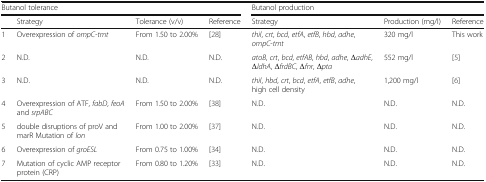
| <COLSPAN=4> Butanol tolerance | <COLSPAN=3> Butanol production |
 |  | Strategy | Tolerance (v/v) | Reference | Strategy | Production (mg/l) | Reference |
 | --- | --- | --- | --- | --- | --- | --- |
 | 1 | Overexpression of ompC-tmt | From 1.50 to 2.00% | [28] | thil, crt, bcd, etfA, etfB, hbd, adhe, ompC-tmt | 320 mg/l | This work |
 | 2 | N.D. | N.D. | N.D. | atoB, crt, bcd, etfAB, hbd, adhe, ΔadhE, ΔldhA, ΔfrdBC, Δfnr, Δpta | 552 mg/l | [5] |
 | 3 | N.D. | N.D. | N.D. | thil, hbd, crt, bcd, etfA, etfB, adhe, high cell density | 1,200 mg/l | [6] |
 | 4 | Overexpression of ATF, fabD, feoA and srpABC | From 1.50 to 2.00% | [38] | N.D. | N.D. | N.D. |
 | 5 | double disruptions of proV and marR Mutation of lon | From 1.00 to 2.00% | [37] | N.D. | N.D. | N.D. |
 | 6 | Overexpression of groESL | From 0.75 to 1.00% | [34] | N.D. | N.D. | N.D. |
 | 7 | Mutation of cyclic AMP receptor protein (CRP) | From 0.80 to 1.20% | [33] | N.D. | N.D. | N.D. |